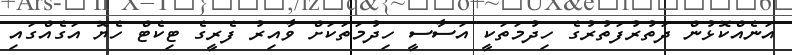
އަނެއްކޮޅުން ދަތުރުފަތުރުގެ ހިދުމަތަކީ އަސާސީ ހިދުމަތަކަށް ވާއިރު ފެރީގެ ޓިކެޓް ހެޔޮ އަގެއްގައި